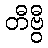
တီဗွီ